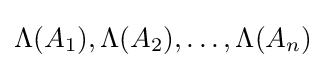
\Lambda (A_{1}),\Lambda (A_{2}),\ldots ,\Lambda (A_{n})